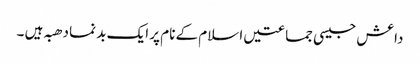
داعش جیسی جماعتیں اسلام کے نام پر ایک بد نما دھبہ ہیں ۔